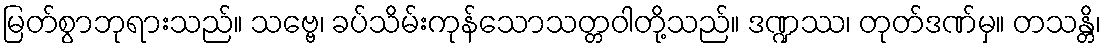
မြတ်စွာဘုရားသည်။ သဗ္ဗေ၊ ခပ်သိမ်းကုန်သောသတ္တဝါတို့သည်။ ဒဏ္ဍဿ၊ တုတ်ဒဏ်မှ။ တသန္တိ၊